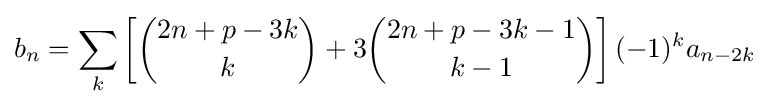
b_{n}=\sum _{k}\left[{\binom {2n+p-3k}{k}}+3{\binom {2n+p-3k-1}{k-1}}\right](-1)^{k}a_{n-2k}